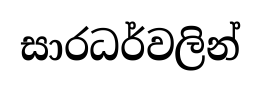
සාරධර්වලින්